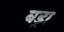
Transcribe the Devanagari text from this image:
बड्रा